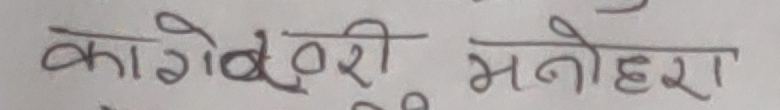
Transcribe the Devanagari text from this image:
कागेव्वरी मनोहरा